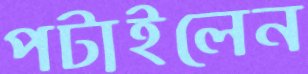
পটাইলেন